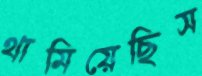
থামিয়েছিস